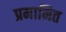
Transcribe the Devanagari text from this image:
प्रमानित